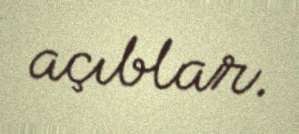
açıblar.